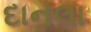
દાનલા